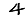
Digit: 4